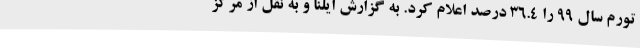
تورم سال ۹۹ را ۳۶.۴ درصد اعلام کرد. به گزارش ایلنا و به نقل از مرکز